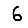
Digit: 6